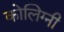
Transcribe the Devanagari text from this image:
कोलिग्नी